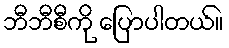
ဘီဘီစီကို ပြောပါတယ်။